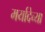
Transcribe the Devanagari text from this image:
मर्यादेच्या